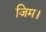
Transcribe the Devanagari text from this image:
जिम।